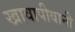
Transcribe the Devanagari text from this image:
खावापीवानी